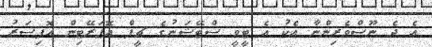
އެ ދެ ނޫސްވެރިންނާ އެކު އެ ޓީވީ ސްޓޭޝަނުގެ ޗީފް އޮޕަރޭޓިން އޮފިސަރު